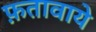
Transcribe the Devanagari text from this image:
फ़तावाये